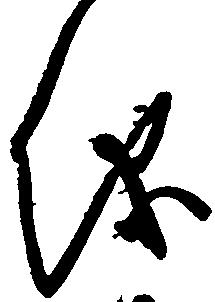
儀